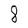
Character: 8